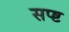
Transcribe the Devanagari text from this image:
सप्ष्ट